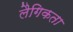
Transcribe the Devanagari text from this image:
लैगिकता